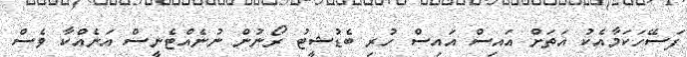
ފަސޭހަކަމާއެކު އަތަށް އައިސް އައިސް ހުރި ބެޑުޝީޓު ރޯނުން ނުނެއްޓެނީސް އަނެއްކާ ވެސް